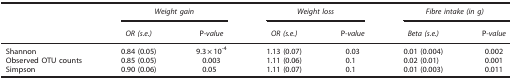
|  | <COLSPAN=2> Weight gain | <COLSPAN=2> Weight loss | <COLSPAN=2> Fibre intake (in g) |
 |  | OR (s.e.) | P-value | OR (s.e.) | P-value | Beta (s.e.) | P-value |
 | --- | --- | --- | --- | --- | --- | --- |
 | Shannon | 0.84 (0.05) | 9.3 × 10-4 | 1.13 (0.07) | 0.03 | 0.01 (0.004) | 0.002 |
 | Observed OTU counts | 0.85 (0.05) | 0.003 | 1.11 (0.06) | 0.1 | 0.02 (0.01) | 0.001 |
 | Simpson | 0.90 (0.06) | 0.05 | 1.11 (0.07) | 0.1 | 0.01 (0.003) | 0.011 |